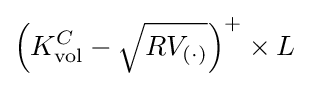
\left(K_{\text{vol}}^{C}-{\sqrt {RV_{(\cdot )}}}\right)^{+}\times L